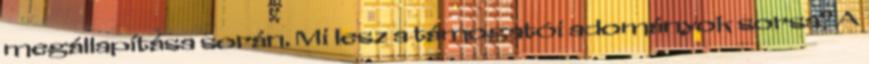
megállapítása során. Mi lesz a támogatói adományok sorsa? A